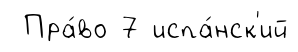
Пра́во 7 испа́нск'ий